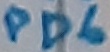
Text: PD6